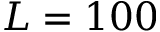
L = 1 0 0